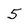
Character: 5